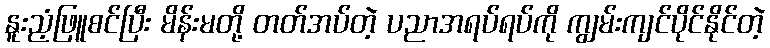
နူးညံ့ဖြူစင်ပြီး မိန်းမတို့ တတ်အပ်တဲ့ ပညာအရပ်ရပ်ကို ကျွမ်းကျင်ပိုင်နိုင်တဲ့